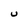
Character: u